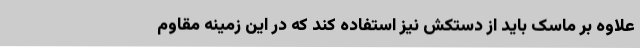
علاوه بر ماسک باید از دستکش نیز استفاده کند که در این زمینه مقاوم